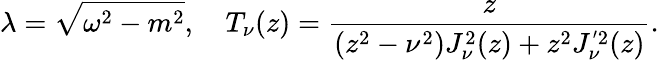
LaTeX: \lambda=\sqrt{\omega^{2}-m^{2}},\quad T_{\nu}(z)=\frac{z}{(z^{2}-\nu^{2})J_{\nu}^{2}(z)+z^{2}J_{\nu}^{'2}(z)}.